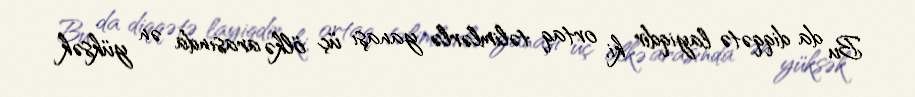
Bu da diqqətə layiqdir ki, ortaq təlimlərlə yanaşı üç ölkə arasında ən yüksək